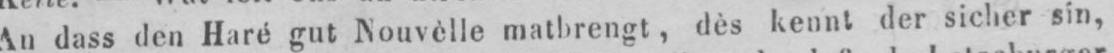
An dass den Haré gut Nouvèlle matbrengt, dès kennt der sicher sin,